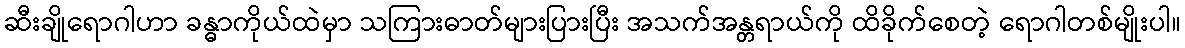
ဆီးချိုရောဂါဟာ ခန္ဓာကိုယ်ထဲမှာ သကြားဓာတ်များပြားပြီး အသက်အန္တရာယ်ကို ထိခိုက်စေတဲ့ ရောဂါတစ်မျိုးပါ။